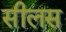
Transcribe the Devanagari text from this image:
सीलस